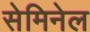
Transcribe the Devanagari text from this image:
सेमिनेल